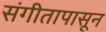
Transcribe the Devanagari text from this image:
संगीतापासून